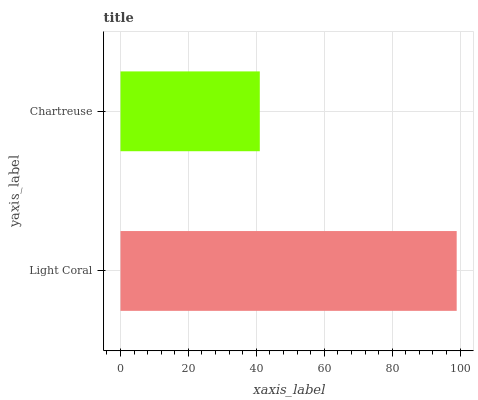
| yaxis_label | bars |
 | --- | --- |
 | Light Coral | 99 |
 | Chartreuse | 41 |